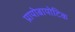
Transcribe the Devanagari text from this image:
प्रायोबायोटिक